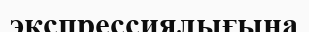
экспрессиялығына